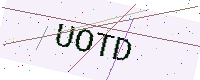
Text: UOTD